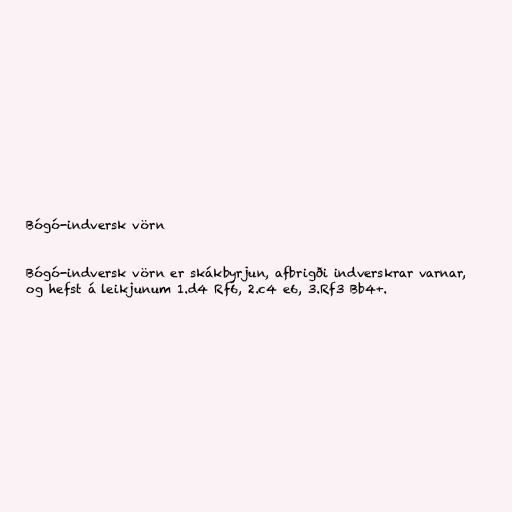
Bógó-indversk vörn

Bógó-indversk vörn er skákbyrjun, afbrigði indverskrar varnar,
og hefst á leikjunum 1.d4 Rf6, 2.c4 e6, 3.Rf3 Bb4+.